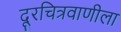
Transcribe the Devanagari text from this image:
दूरचित्रवाणीला